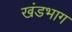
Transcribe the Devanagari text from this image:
खंडभाग